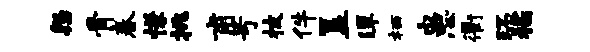
怨骨春慊挑甫号披件簋潭栖患衢环稻